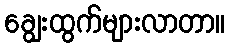
ချွေးထွက်များလာတာ။